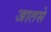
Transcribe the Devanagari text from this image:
जातसे